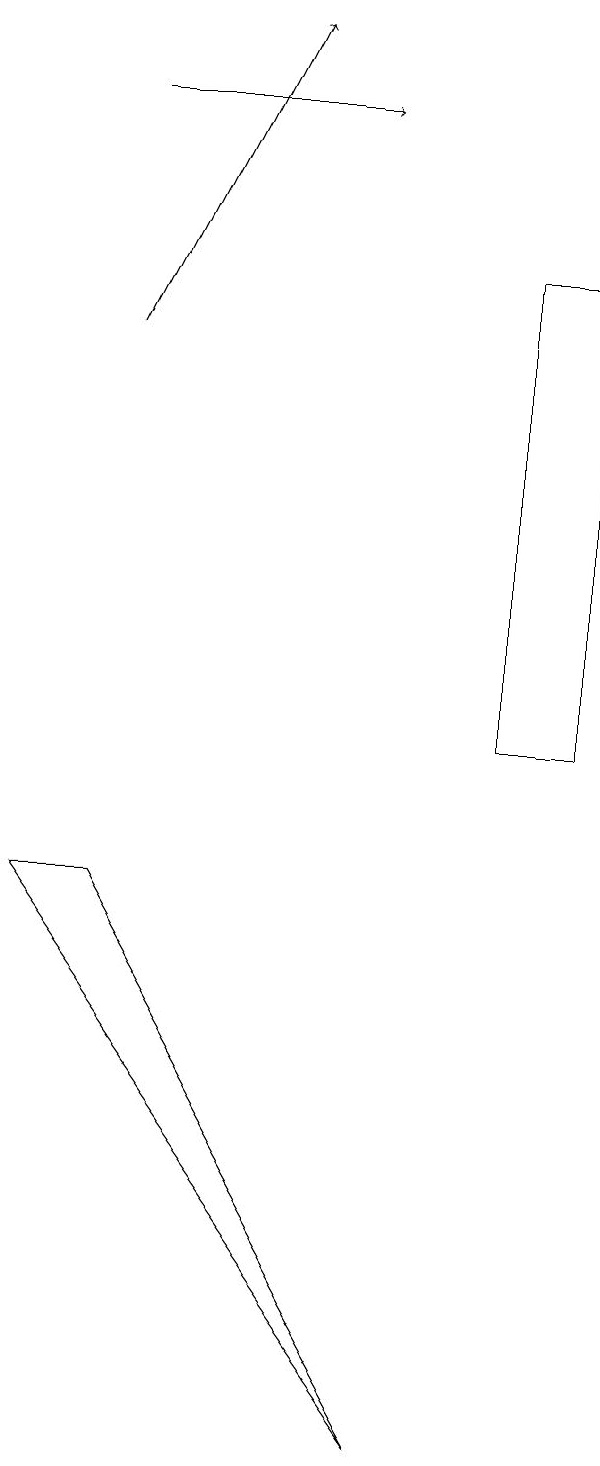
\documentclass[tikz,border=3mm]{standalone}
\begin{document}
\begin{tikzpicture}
\draw (9,10) rectangle (8,16);
\draw[->] (3,15) -- (5,19);
\draw (2,8) -- (7,1) -- (3,8) -- cycle;
\draw[->] (3,18) -- (6,18);
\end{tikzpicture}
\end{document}